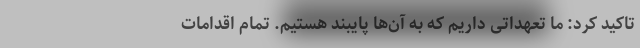
تاکید کرد: ما تعهداتی داریم که به آن‌ها پایبند هستیم. تمام اقدامات